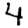
Digit: 4